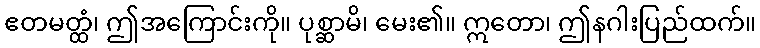
ဧတမတ္ထံ၊ ဤအကြောင်းကို။ ပုစ္ဆာမိ၊ မေး၏။ ဣတော၊ ဤနဂါးပြည်ထက်။